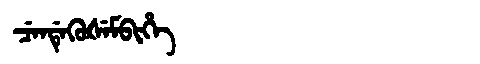
Manchu: ᠴᡝᠨᡩᡝᡴᡠᡧᡝᠮᠪᡳᡥᡝ
Romanization: CENDEKUŠEMBIHE